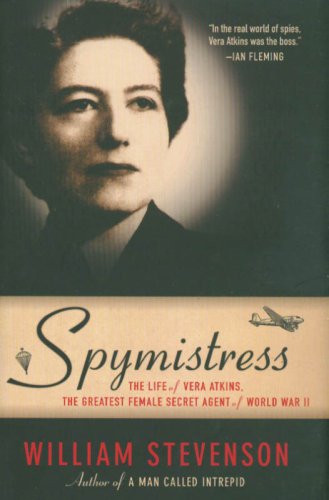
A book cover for Spymistress: The Life of Vera Atkins, the Greatest Female Secret Agent of World War II; William Stevenson; History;